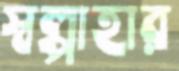
স্বল্পাহার